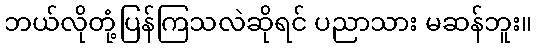
ဘယ်လိုတုံ့ပြန်ကြသလဲဆိုရင် ပညာသား မဆန်ဘူး။